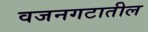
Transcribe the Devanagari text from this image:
वजनगटातील